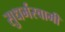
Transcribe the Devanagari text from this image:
सुधर्मस्वामी